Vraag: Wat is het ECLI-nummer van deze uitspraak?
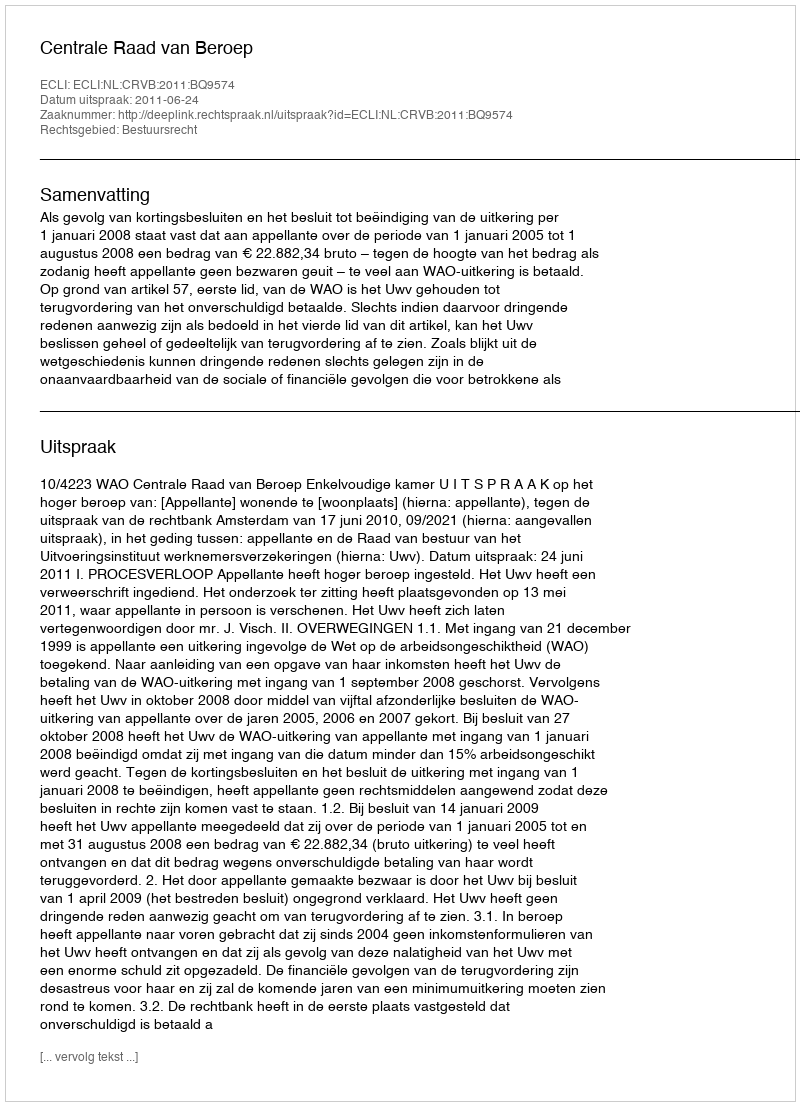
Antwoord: ECLI:NL:CRVB:2011:BQ9574